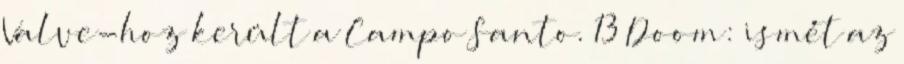
Valve-hoz került a Campo Santo. 13 Doom: ismét az